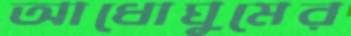
আধোঘুমের